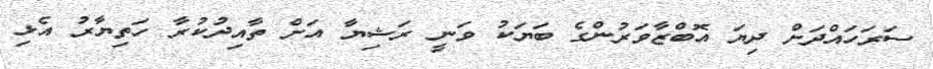
ސަރަހައްދަށް ދިޔަ އޮބްޒާވަރުންގެ ބަޔަކު ވަނީ ރަޝިޔާ އަށް ތާއިދުކުރާ ހަތިޔާރު އެޅި